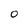
Character: O